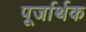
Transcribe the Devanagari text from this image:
पूर्जार्थक